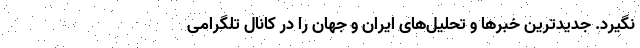
نگیرد. جدیدترین خبرها و تحلیل‌های ایران و جهان را در کانال تلگرامی